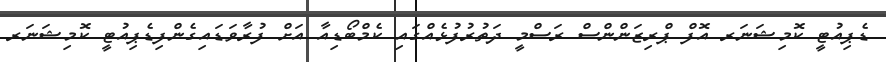
ޑެޕިއުޓީ ކޮމިޝަނަރ އޮފް ޕްރިޒަންންސް ރަސްމީ ދަތުރުފުޅެއްގައި ކެމްބޯޑިއާ އަށް ފުރާވަޑައިގެންފިޑެޕިއުޓީ ކޮމިޝަނަރ